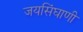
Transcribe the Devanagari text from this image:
जयसिंघाणी